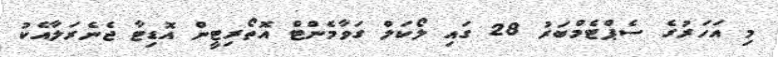
މި އަހަރުގެ ސެޕްޓެމްބަރު 28 ގައި ލޯކަލް ގަވާމެންޓް އޮތޯރިޓީން އޮޑިޓާ ޖެނެރަލާއެކު